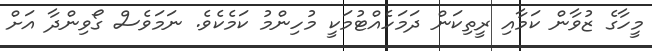
މީހާގެ ޒުވާން ކަމާއި ރީތިކަން ދަމަހެއްޓުމަކީ މުހިންމު ކަމެކެވެ. ނަމަވެސް ގޯވިންދާ އަށް